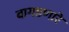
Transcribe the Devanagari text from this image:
बागडणारे